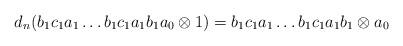
LaTeX: \begin{align*}d_n(b_1c_1a_1 \dots b_1c_1a_1b_1a_0 \otimes 1) = b_1c_1a_1 \dots b_1c_1a_1b_1 \otimes a_0\end{align*}